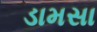
ડામસા